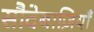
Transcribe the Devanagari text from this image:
सौदेबाज़ियाँ